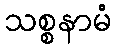
သစ္စနာမံ